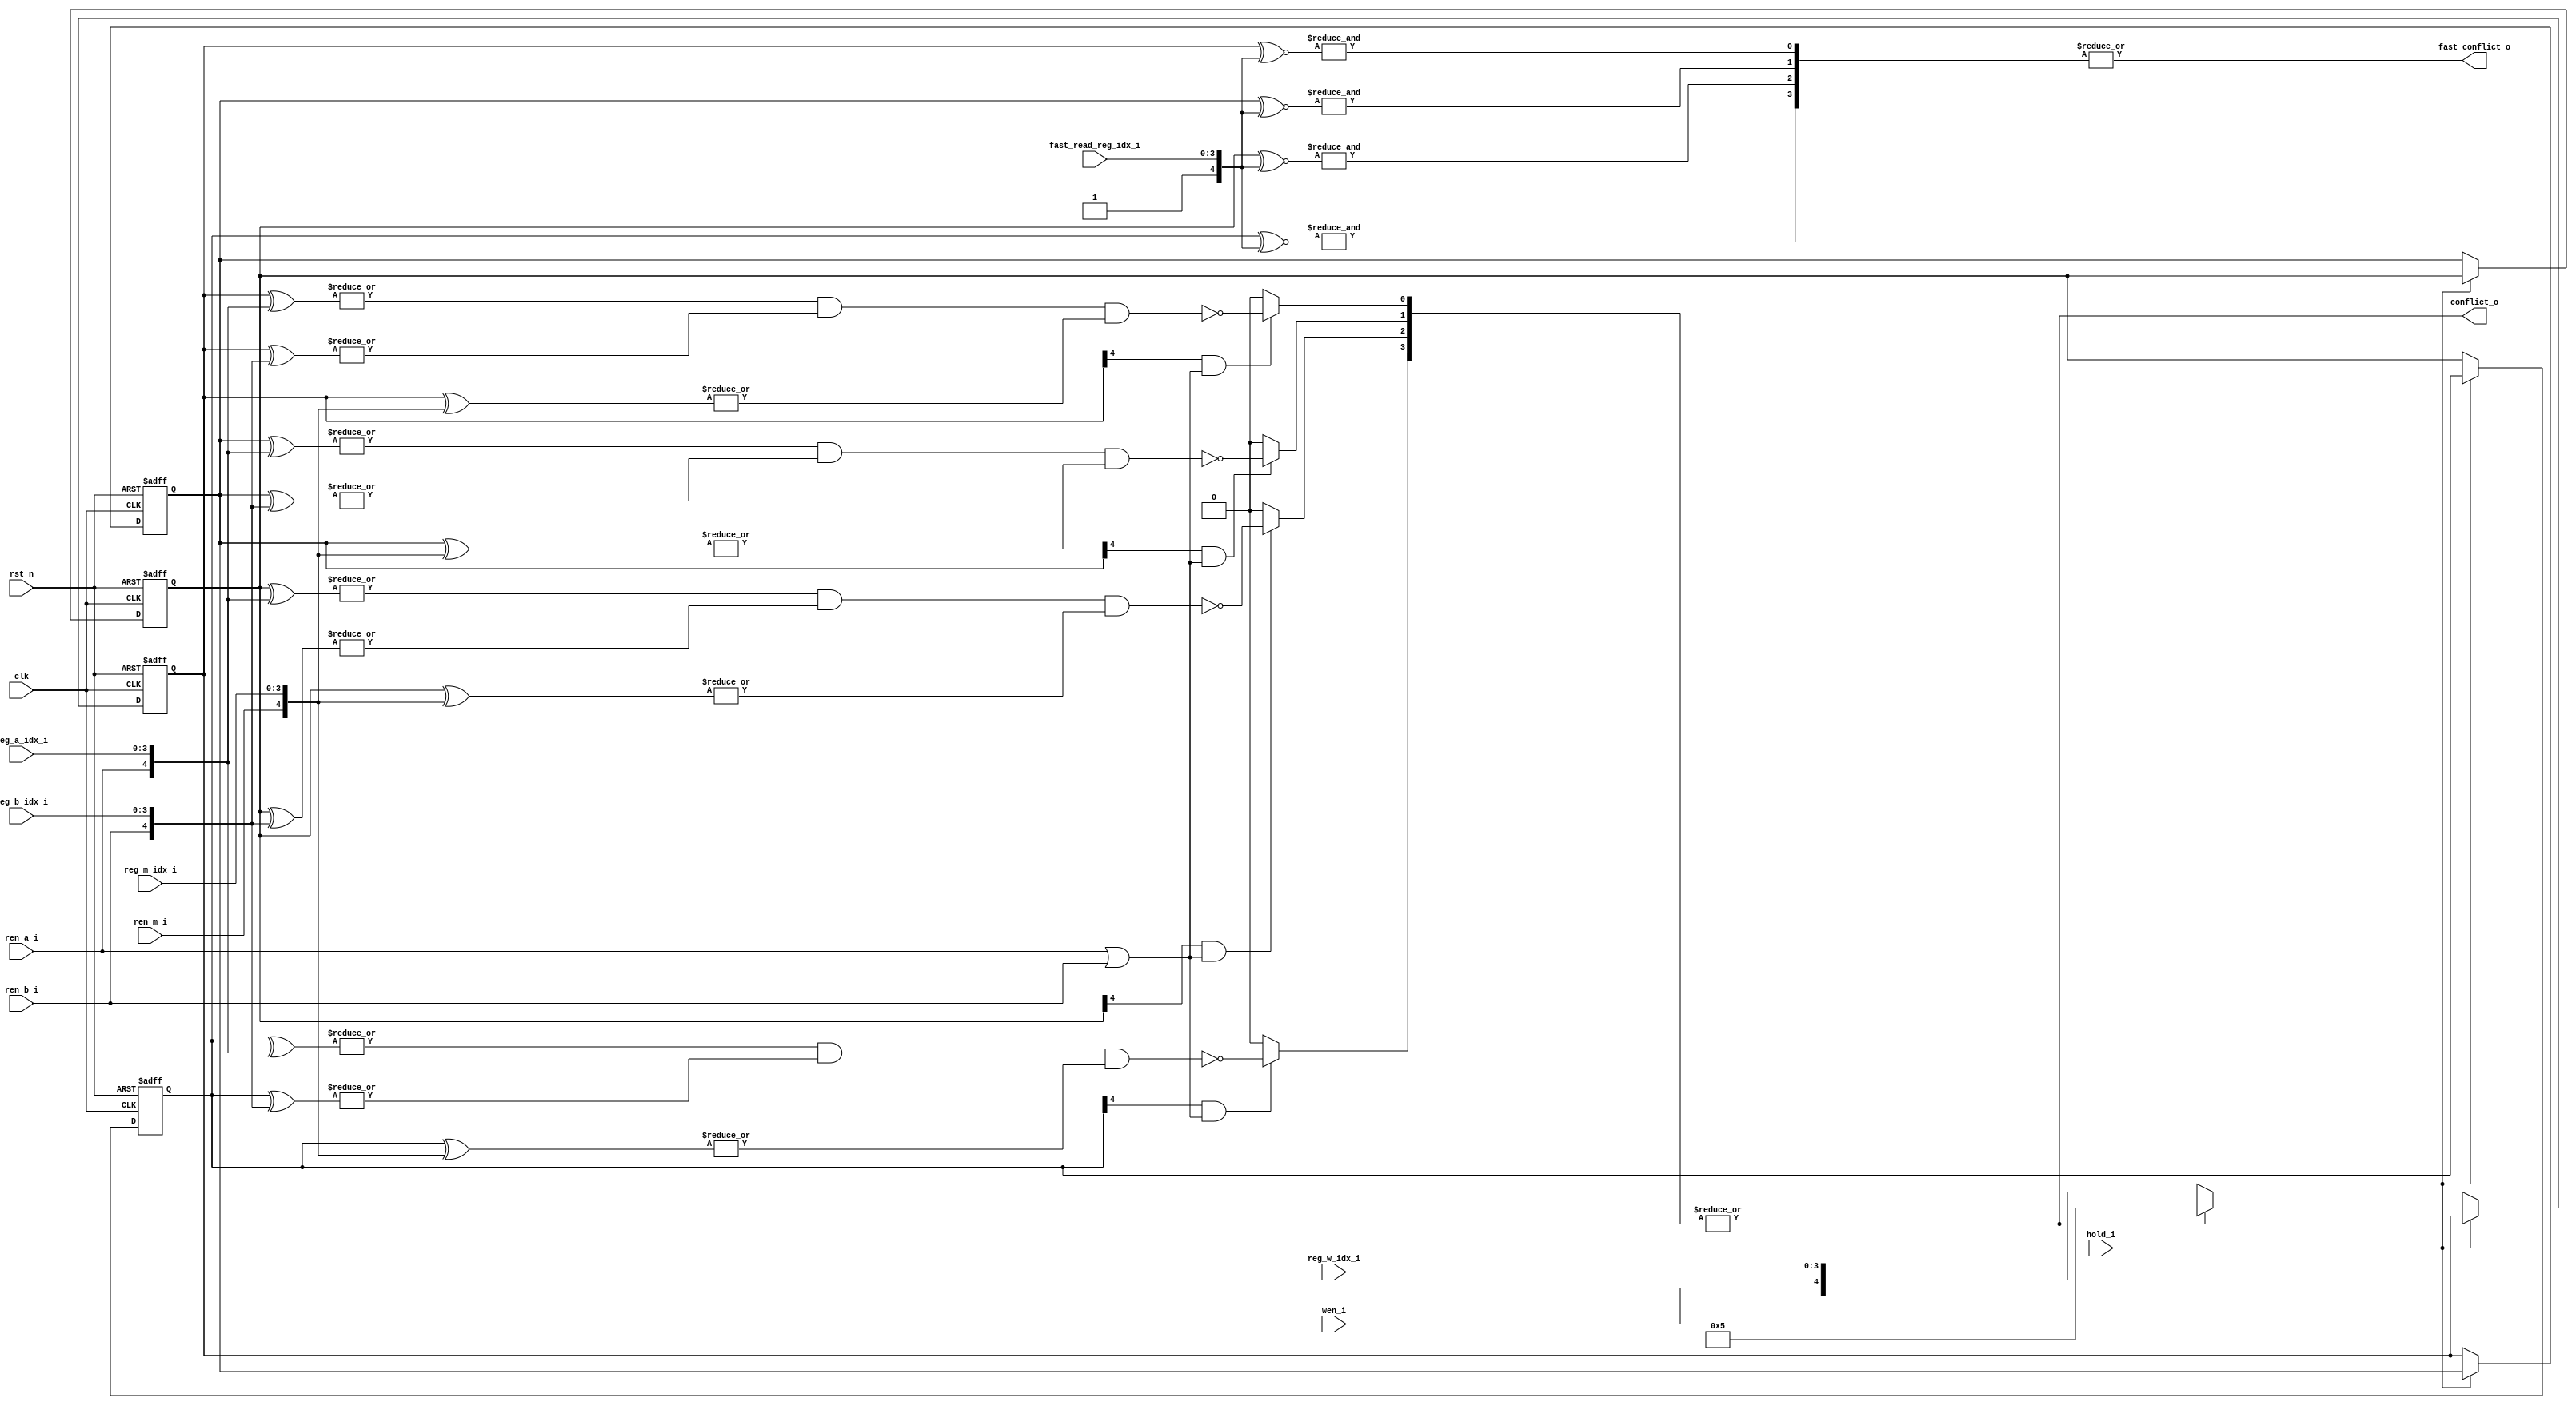
//////////////////////////////////////////////////////////////////////////////////
// Copyright (c) 2023, c.fan                                                     
//                                                                                
// Redistribution and use in source and binary forms, with or without             
// modification, are permitted provided that the following conditions are met:    
//                                                                                
// 1. Redistributions of source code must retain the above copyright notice, this 
//    list of conditions and the following disclaimer.                            
//                                                                                
// 2. Redistributions in binary form must reproduce the above copyright notice,   
//    this list of conditions and the following disclaimer in the documentation   
//    and/or other materials provided with the distribution.                      
//                                                                                
// 3. Neither the name of the copyright holder nor the names of its               
//    contributors may be used to endorse or promote products derived from        
//    this software without specific prior written permission.                    
//                                                                                
// THIS SOFTWARE IS PROVIDED BY THE COPYRIGHT HOLDERS AND CONTRIBUTORS "AS IS"    
// AND ANY EXPRESS OR IMPLIED WARRANTIES, INCLUDING, BUT NOT LIMITED TO, THE      
// IMPLIED WARRANTIES OF MERCHANTABILITY AND FITNESS FOR A PARTICULAR PURPOSE ARE 
// DISCLAIMED. IN NO EVENT SHALL THE COPYRIGHT HOLDER OR CONTRIBUTORS BE LIABLE   
// FOR ANY DIRECT, INDIRECT, INCIDENTAL, SPECIAL, EXEMPLARY, OR CONSEQUENTIAL     
// DAMAGES (INCLUDING, BUT NOT LIMITED TO, PROCUREMENT OF SUBSTITUTE GOODS OR     
// SERVICES; LOSS OF USE, DATA, OR PROFITS; OR BUSINESS INTERRUPTION) HOWEVER     
// CAUSED AND ON ANY THEORY OF LIABILITY, WHETHER IN CONTRACT, STRICT LIABILITY,  
// OR TORT (INCLUDING NEGLIGENCE OR OTHERWISE) ARISING IN ANY WAY OUT OF THE USE  
// OF THIS SOFTWARE, EVEN IF ADVISED OF THE POSSIBILITY OF SUCH DAMAGE.           
//////////////////////////////////////////////////////////////////////////////////


/**
 * instruction data dependency detection
 */

 
module ddep_detect (
   input             clk         ,
   input             rst_n       ,
   
   // reg indice from dec
   input    [3:0]    reg_w_idx_i , 
   input             wen_i       ,
   input    [3:0]    reg_a_idx_i , 
   input             ren_a_i     ,
   input    [3:0]    reg_b_idx_i ,
   input             ren_b_i     ,
   input    [3:0]    reg_m_idx_i ,
   input             ren_m_i     ,
   // from write back, once write back remove that recorded reg index
   //    don't need, because on the time when the reg write back, the regs2wr_r happens to shift out that index
   // input    [3:0]    regwb_idx_i , // write back reg index
   input             hold_i      ,
   
   // detected conflict
   output            conflict_o  ,
   
   // fast check interface, 
   // use this to check for just one register conflict
   // against yet to complete previous instructions, 
   // use this before dec phase!
   // todo for future, maybe all change to fast to save resource, now just fix up the need.
   input    [3:0]    fast_read_reg_idx_i ,
   output            fast_conflict_o      
   );
   
   localparam  PPGAP_DEC2WB = 4;
   reg   [4:0] regs2wr_r   [PPGAP_DEC2WB-1:0];
   localparam  INVALID_REGW_INDEX = 5'b00101;
   
   integer i;
   // record received reg_w_idx_i
   always @(posedge clk or negedge rst_n) begin
      if (!rst_n) begin
         for (i=0; i<PPGAP_DEC2WB; i=i+1) begin
            regs2wr_r[i] <= INVALID_REGW_INDEX;
         end
      end
      else if (!hold_i) begin
         // regs2wr_r[0] <= {wen_i,reg_w_idx_i};
         // the dec module shall output wen_i = 0, but i cannot use that as input, 
         // because i have to keep detecting the conflict to know when it disappear,
         // now the record shall no more take in, though that stalled input regw_index will be used in comb-logic to keep detecting
         if (conflict_o)
            regs2wr_r[0] <= INVALID_REGW_INDEX;
         else
            regs2wr_r[0] <= {wen_i,reg_w_idx_i};         
         for (i=1; i<PPGAP_DEC2WB; i=i+1) begin
            regs2wr_r[i] <= regs2wr_r[i-1];
         end
      end
   end

   reg [PPGAP_DEC2WB-1:0] conflict_bitmap_r;
   always @(*) begin
      for (i=0; i<PPGAP_DEC2WB; i=i+1) begin
         if (regs2wr_r[i][4] & (ren_a_i | ren_b_i))
            conflict_bitmap_r[i] = ~( (|(regs2wr_r[i] ^ {ren_a_i, reg_a_idx_i})) 
                                    & (|(regs2wr_r[i] ^ {ren_b_i, reg_b_idx_i})) 
                                    & (|(regs2wr_r[i] ^ {ren_m_i, reg_m_idx_i})) );
         else
            conflict_bitmap_r[i] = 1'b0;
      end 
   end
   assign conflict_o = | conflict_bitmap_r;
   
   reg [PPGAP_DEC2WB-1:0] fast_conflict_r;
   always @(*) begin
      for (i=0; i<PPGAP_DEC2WB; i=i+1) begin
         fast_conflict_r[i] = &(regs2wr_r[i] ~^ {1'b1, fast_read_reg_idx_i});
      end
   end
   assign fast_conflict_o = |fast_conflict_r;
   
endmodule